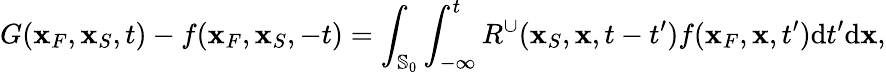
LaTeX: G({\mathbf x}_{F},{\mathbf x}_{S},t)-f({\mathbf x}_{F},{\mathbf x}_{S},-t)=\int_{{\mathbb{S}_{0}}}\int_{-\infty}^{t}R^{\cup}({\mathbf x}_{S},{\mathbf x},t-t^{\prime})f({\mathbf x}_{F},{\mathbf x},t^{\prime})\mathrm{d}t^{\prime}\mathrm{d}{\mathbf x},